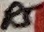
Text: R5